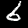
Label: 6